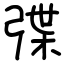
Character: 弽